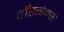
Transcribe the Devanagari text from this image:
वॉरगेम्स